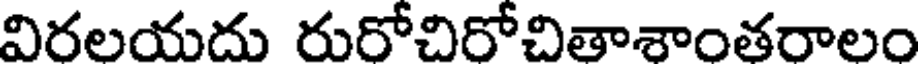
విరలయదు రురోచిరోచితాశాంతరాలం